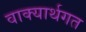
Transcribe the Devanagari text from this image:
वाक्यार्थगत